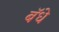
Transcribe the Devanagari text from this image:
बॅधे